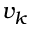
v _ { k }